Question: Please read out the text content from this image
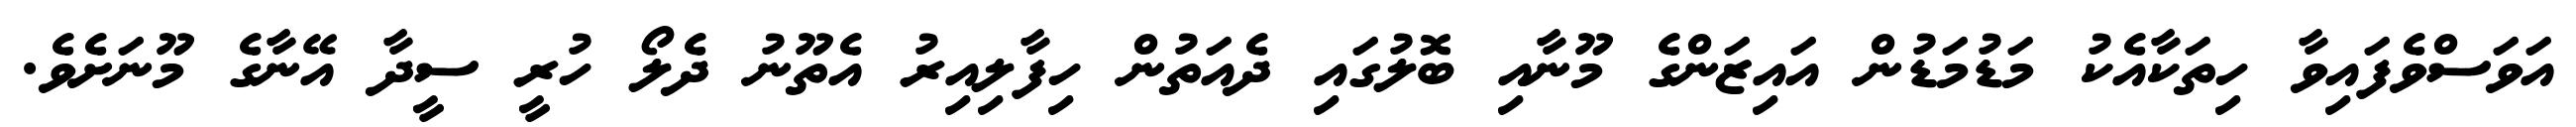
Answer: އަވަސްވެފައިވާ ހިތަކާއެކު މަޑުމަޑުން އައިޒަންގެ މޫނާއި ބޮލުގައި ދެއަތުން ހިފާލިއިރު އެތޫނު ދެލޯ ހުރީ ސީދާ އޭނާގެ މޫނަށެވެ.